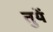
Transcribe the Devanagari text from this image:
तुयें